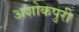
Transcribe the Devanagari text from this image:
अशोकपुरी